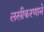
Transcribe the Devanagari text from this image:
लसीकरणाने